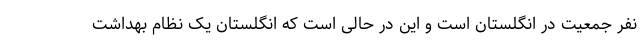
نفر جمعیت در انگلستان است و این در حالی است که انگلستان یک نظام بهداشت